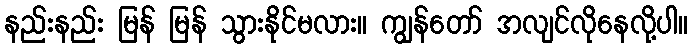
နည်းနည်း မြန် မြန် သွားနိုင်မလား။ ကျွန်တော် အလျင်လိုနေလို့ပါ။